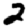
Digit: 2